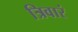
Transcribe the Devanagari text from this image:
त्रिवारं